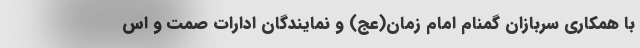
با همکاری سربازان گمنام امام زمان(عج) و نمایندگان ادارات صمت و اس